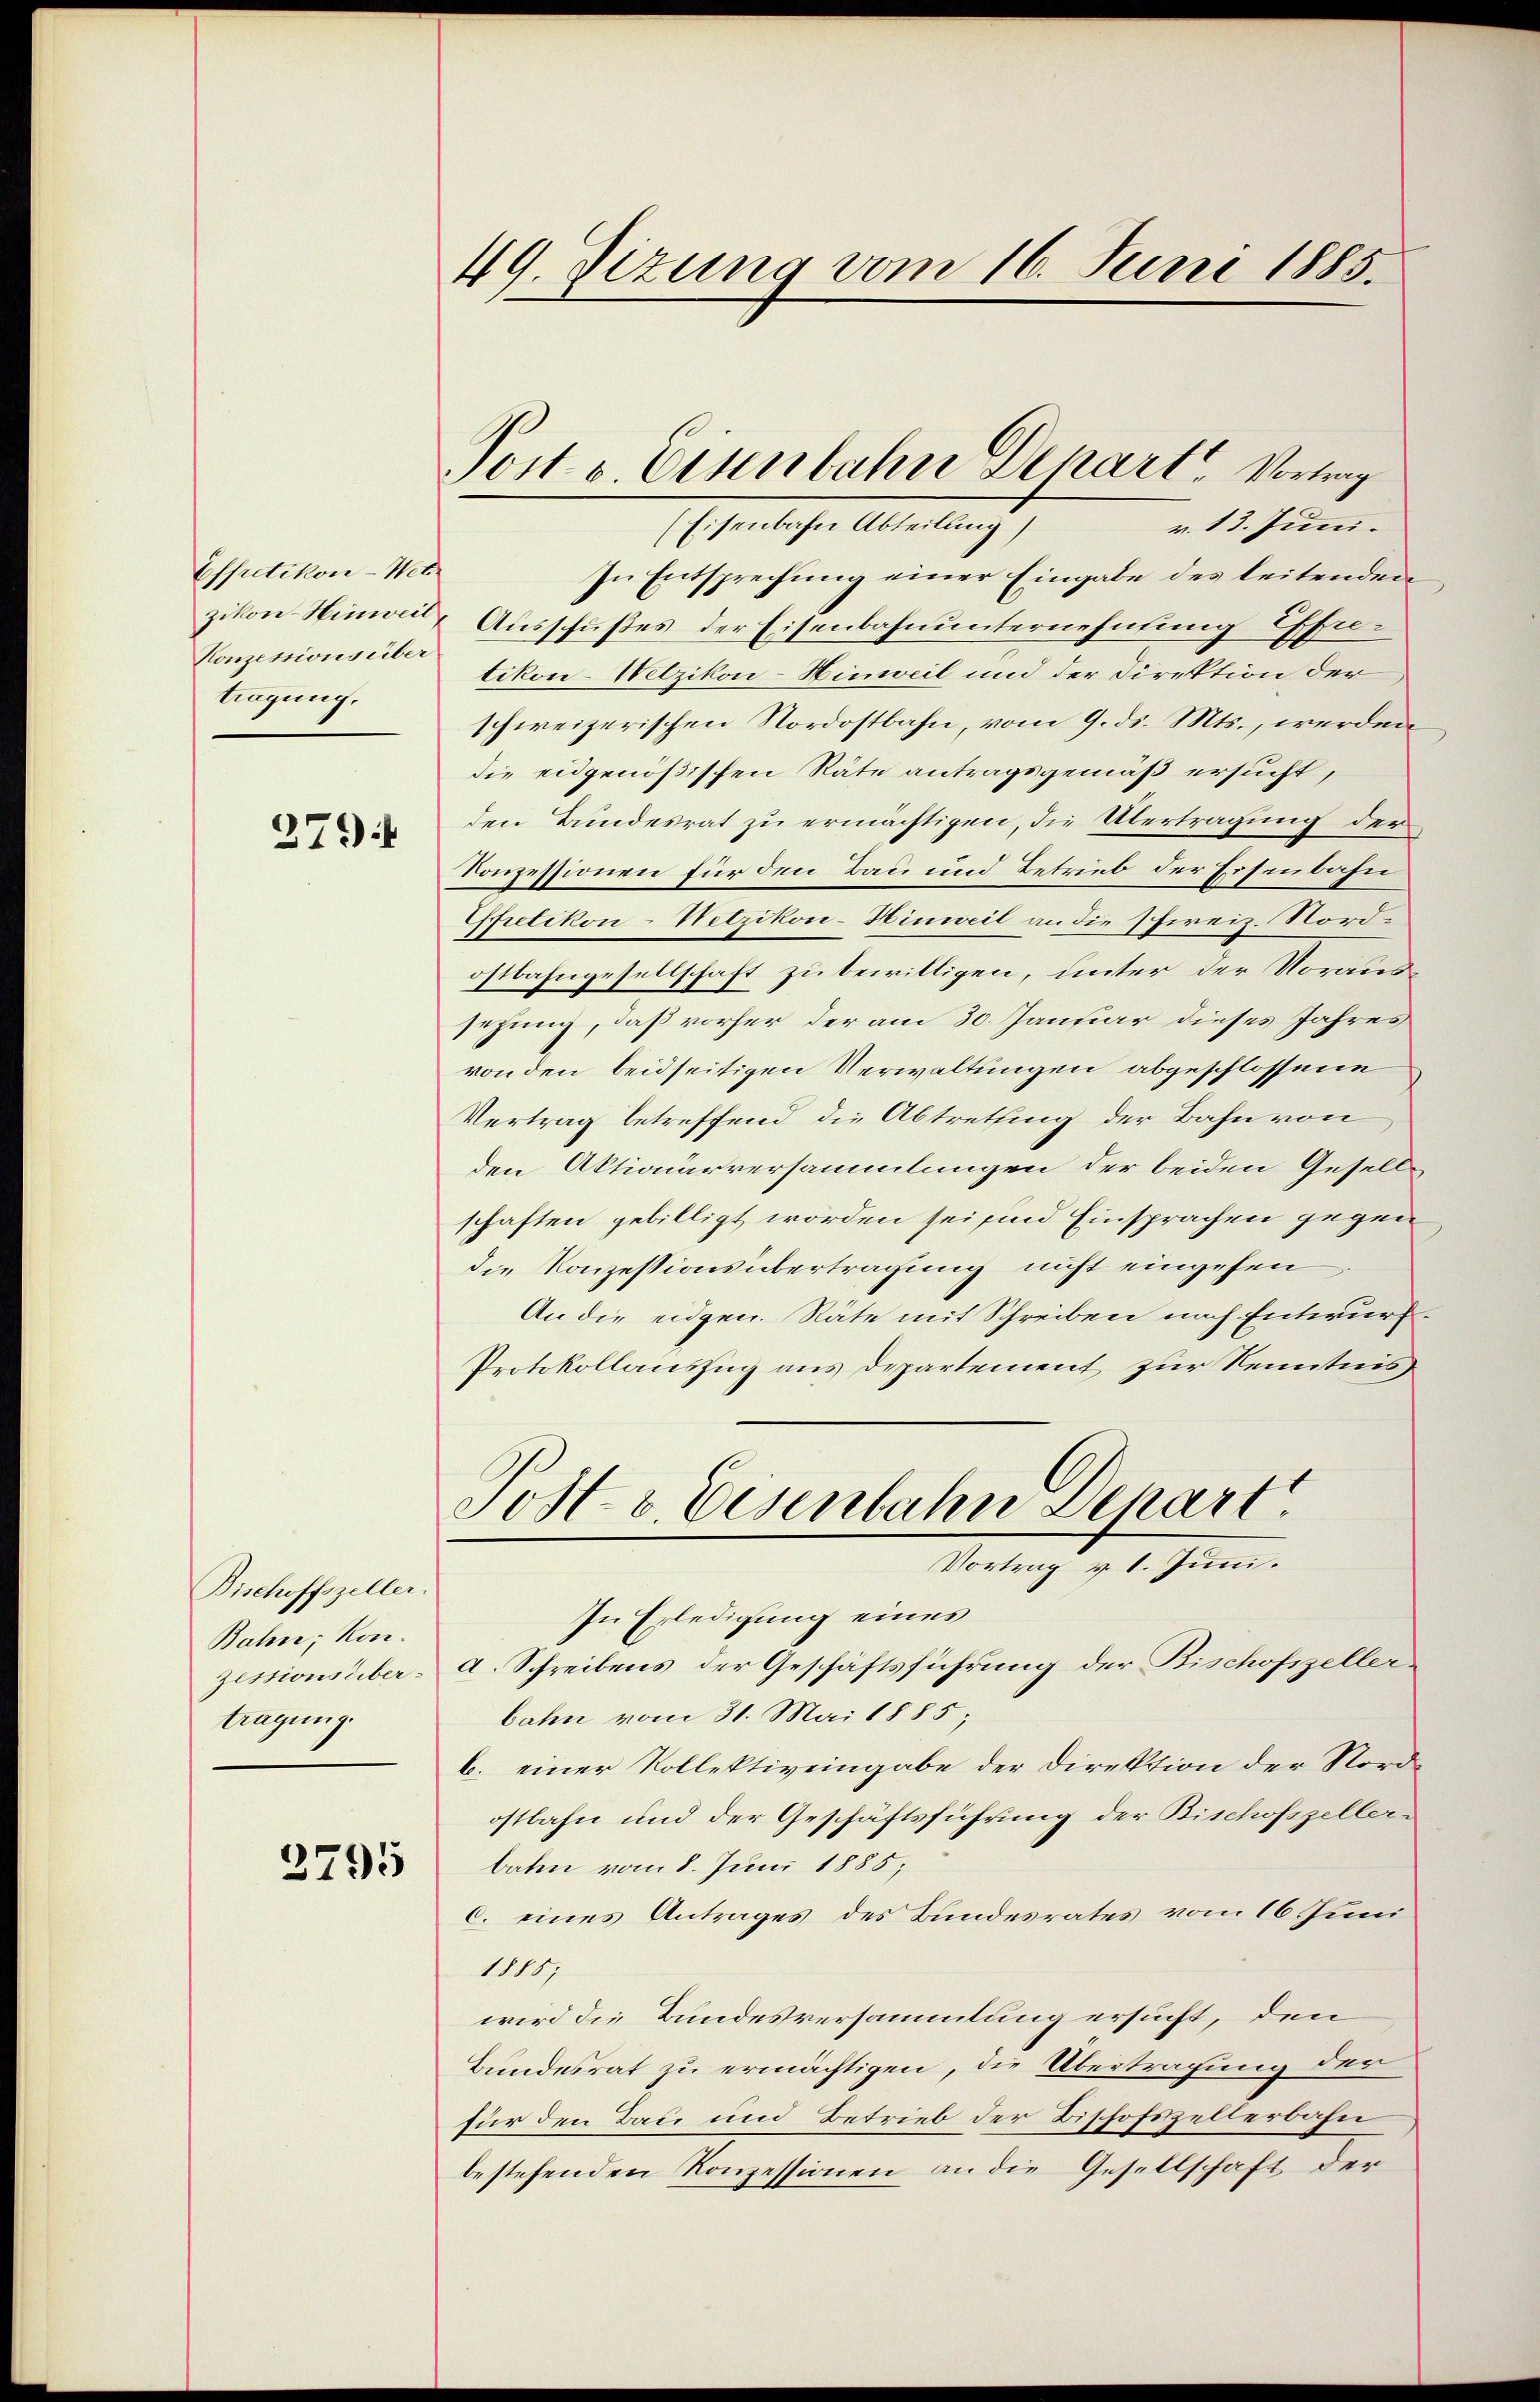
Espretikon - Wet
Konzessions über
tragung.

279

Bischoffszeller
Bahn, Kon¬
Zessions übertragung.

2795

49. Sizung vom 16. Juni 1885.

Post v. Einenbahn Depart. Vortrag

v. 13. Juni.
(Eisenbahn Abteilung
In Entsprechung einer Eingabe des leitenden
zikon Hinweil, Ausschußes der Eisenbahnunternehmung Ehe-
tikon-Wetzikon-Hinweil und der Direktion der
schweizerischen Nordostbahn, vom 9. ds. Mts., werden
die eidgenößischen Räte antragsgemäß ersucht,
den Bundesrat zu ermächtigen, die Übertragung der
Konzessionen für den Bau und Betrieb der Eisenbahn
Effretikon-Netzikon-Hinweil an die Schweiz. Nordostbahngesellschaft zu bewilligen, unter der Voraussehung, daß vorher der am 30. Januar dieses Jahres
von den beidseitigen Verwaltungen abgeschlossene
Vertrag betreffend die Abtretting der Bahn von
den Aktionärversammlungen der beiden Gesell-
schaften gebilligt worden sei sind Einsprachen gegen
die Konzessionsübertragung nicht eingehen
An die eidgen. Räte mit Schreiben nach Entwurf¬
Protokollauszug aus Departement zur Kenntnis
Post- u. Eisenbahn Schart
Vortrag v. 1. Juni.
In Erledigung eines
a. Schreibens der Geschäftsführung der Bischofszellerbahn vom 31. Mai 1885;
b. einer Kollektiveingabe der Direktion der Nordostbahn und der Geschäftsführung der Bischofszellerbaten vom 8. Juni 1885;
c. eines Antrages des Bundesrates vom 16. Juni
1111.
wird die Bundesversammlung ersucht, den
Bundesrat zu ermächtigen, die Übertragung der
für den Bau und Betrieb der Bischofszellerbahn
bestehenden Konzessionen an die Gesellschaft der